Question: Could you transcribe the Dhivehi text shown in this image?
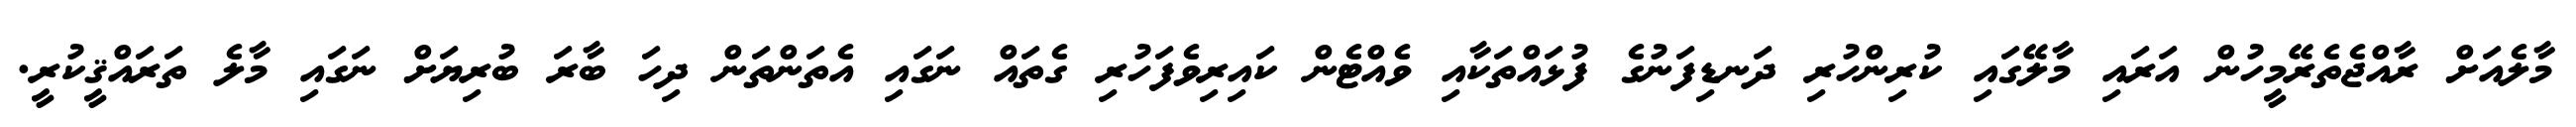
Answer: މާލެއަށް ރާއްޖެތެރޭމީހުން އަރައި މާލޭގައި ކުރިންހުރި ދަނޑިފަނުގެ ފުޅައްތަކާއި ވެއްޓެން ކައިރިވެފަހުރި ގެތައް ނަގައި އެތަންތަން ދިހަ ބާރަ ބުރިޔަށް ނަގައި މާލެ ތަރައްޤީކުރީ.